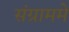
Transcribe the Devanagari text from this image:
संग्राममे